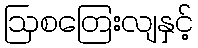
ဩစတြေးလျနှင့်